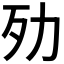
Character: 𣦺